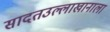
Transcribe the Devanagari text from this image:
सादतउल्लाखानाला